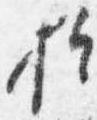
於